Civil Veterinary Dept. Bombay admin report 1923-31 - 1923-1931
Year: 1923
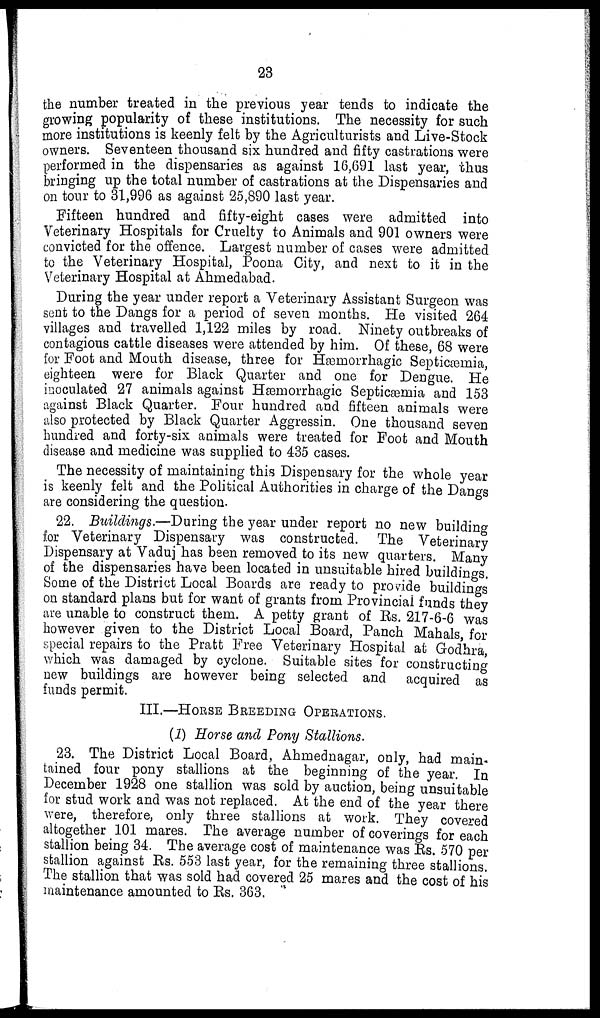
23
the number treated in the previous year tends to indicate the
growing popularity of these institutions. The necessity for such
more institutions is keenly felt by the Agriculturists and Live-Stock
owners. Seventeen thousand six hundred and fifty castrations were
performed in the dispensaries as against 16,691 last year, thus
bringing up the total number of castrations at the Dispensaries and
on tour to 31,996 as against 25,890 last year.
Fifteen hundred and fifty-eight cases were admitted into
Veterinary Hospitals for Cruelty to Animals and 901 owners were
convicted for the offence. Largest number of cases were admitted
to the Veterinary Hospital, Poona City, and next to it in the
Veterinary Hospital at Ahmedabad.
During the year under report a Veterinary Assistant Surgeon was
sent to the Dangs for a period of seven months. He visited 264
villages and travelled 1,122 miles by road. Ninety outbreaks of
contagious cattle diseases were attended by him. Of these, 68 were
for Foot and Mouth disease, three for Hæmorrhagic Septicæmia,
eighteen were for Black Quarter and one for Dengue. He
inoculated 27 animals against Hæmorrhagic Septicæmia and 153
against Black Quarter. Four hundred and fifteen animals were
also protected by Black Quarter Aggressin. One thousand seven
hundred and forty-six animals were treated for Foot and Mouth
disease and medicine was supplied to 435 cases.
The necessity of maintaining this Dispensary for the whole year
is keenly felt and the Political Authorities in charge of the Dangs
are considering the question.
22. Buildings.—During the year under report no new building
for Veterinary Dispensary was constructed. The Veterinary
Dispensary at Vaduj has been removed to its new quarters. Many
of the dispensaries have been located in unsuitable hired buildings.
Some of the District Local Boards are ready to provide buildings
on standard plans but for want of grants from Provincial funds they
are unable to construct them. A petty grant of Rs. 217-6-6 was
however given to the District Local Board, Panch Mahals, for
special repairs to the Pratt Free Veterinary Hospital at Godhra,
which was damaged by cyclone. Suitable sites for constructing
new buildings are however being selected and acquired as
funds permit.
III.—HORSE BREEDING OPERATIONS.
(1) Horse and Pony Stallions.
23. The District Local Board, Ahmednagar, only, had main-
tained four pony stallions at the beginning of the year. In
December 1928 one stallion was sold by auction, being unsuitable
for stud work and was not replaced. At the end of the year there
were, therefore, only three stallions at work. They covered
altogether 101 mares. The average number of coverings for each
stallion being 34. The average cost of maintenance was Rs. 570 per
stallion against Rs. 553 last year, for the remaining three stallions.
The stallion that was sold had covered 25 mares and the cost of his
maintenance amounted to Rs. 363.